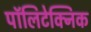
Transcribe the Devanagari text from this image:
पॉलिटेक्‍निक